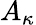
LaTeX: A_{\kappa}